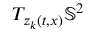
T _ { z _ { k } ( t , x ) } \mathbb { S } ^ { 2 }